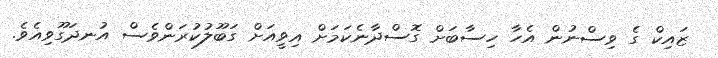
ޒައިކް ގެ ވިސްނުން އެހާ ހިސާބަށް ގޮސްދާނެކަމަށް އިވީއަށް ގަބޫލުކުރަންވެސް އުނދަގޫވިއެވެ.